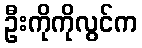
ဦးကိုကိုလွင်က